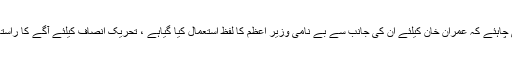
بلاول کو داددینی چاہئے کہ عمران خان کیلئے ان کی جانب سے بے نامی وزیر اعظم کا لفظ استعمال کیا گیاہے ، تحریک انصاف کیلئے آگے کا راستہ آسان نہیں ہے ۔